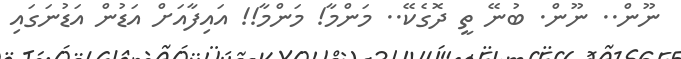
ނޫން.. ނޫން. ބުނޭ ތީ ދޮގެކޭ.. މަންމާ! މަންމާ!! އައިފާއަށް އަޑުން އަޑުނަގައި